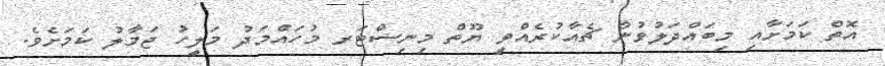
އޮތް ކަމަށާއި މިބައްދަލުވުން ޗެއާކުރެއްވީ ޔޫތް މިނިސްޓަރ މުހައްމަދު މަލީހު ޖަމާލު ކަމަށެވެ.